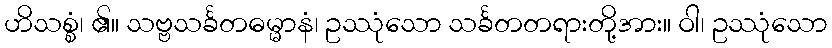
ဟိသစ္စံ၊ ၏။ သဗ္ဗသင်္ခတဓမ္မာနံ၊ ဥဿုံသော သင်္ခတတရားတို့အား။ ဝါ၊ ဥဿုံသော